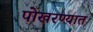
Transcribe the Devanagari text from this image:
पोखरण्यात